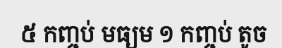
៥ កញ្ចប់ មធ្យម ១ កញ្ចប់ តូច